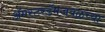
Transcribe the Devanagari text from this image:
ॲमस्टरडॅमजवळच्या